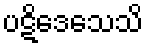
ပဋိဒေသေသိ